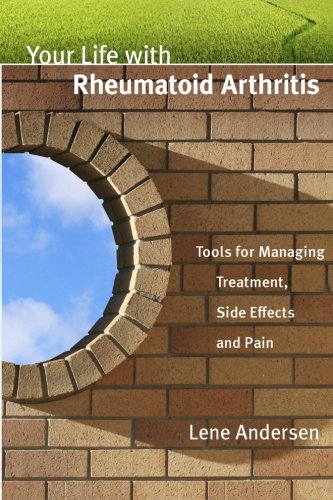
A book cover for Your Life with Rheumatoid Arthritis: Tools for Managing Treatment, Side Effects and Pain; Lene Andersen; Health, Fitness & Dieting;